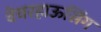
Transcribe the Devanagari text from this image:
वेयरहाऊसिंग